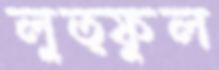
লুত্ফুল